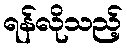
ရန်လိုသည့်